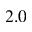
2 . 0